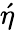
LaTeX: \acute{\eta}